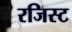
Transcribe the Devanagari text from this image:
रजिस्ट